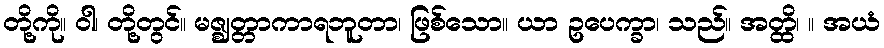
တို့ကို။ ဝါ၊ တို့တွင်။ မဇ္ဈတ္တာကာရဘူတာ၊ ဖြစ်သော။ ယာ ဥပေက္ခာ၊ သည်။ အတ္ထိ၊ ။ အယံ